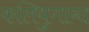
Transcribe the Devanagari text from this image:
कलियुगाब्द